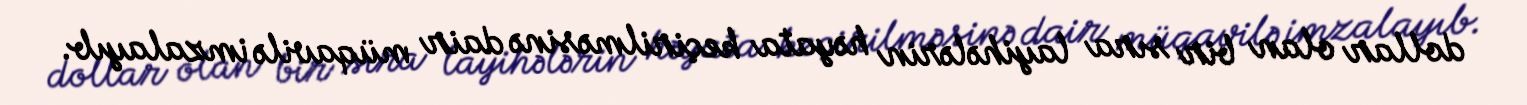
dollar olan bir sıra layihələrin həyata keçirilməsinə dair müqavilə imzalayıb.